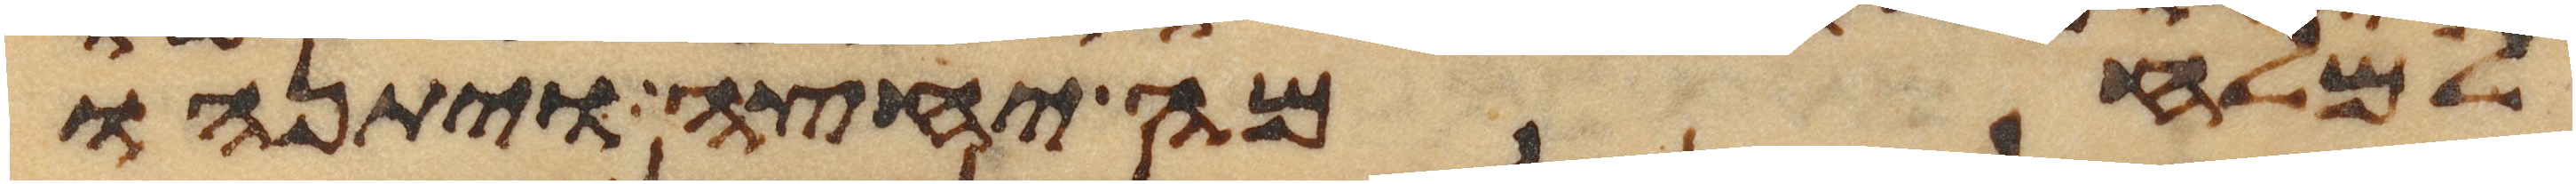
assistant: למלחמה יחצה ויתנהו